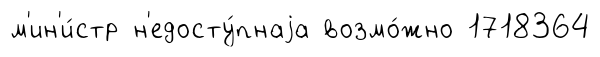
м'ин'и́стр н'едосту́пнаjа возмо́жно 1718364